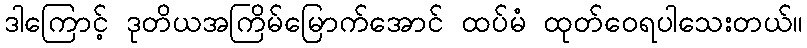
ဒါကြောင့် ဒုတိယအကြိမ်မြောက်အောင် ထပ်မံ ထုတ်ဝေရပါသေးတယ်။